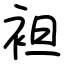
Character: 袒